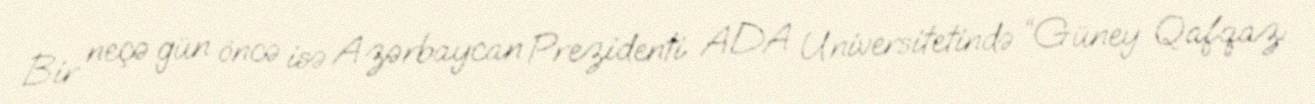
Bir neçə gün öncə isə Azərbaycan Prezidenti ADA Universitetində “Güney Qafqaz: